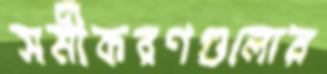
সমীকরণগুলোর